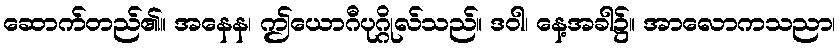
ဆောက်တည်၏။ အနေန၊ ဤယောဂီပုဂ္ဂိုလ်သည်။ ဒဝါ၊ နေ့အခါ၌။ အာလောကသညာ၊